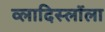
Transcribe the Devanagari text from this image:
व्लादिस्लॉला